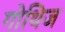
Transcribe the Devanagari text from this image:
गोथिज